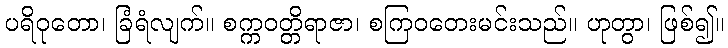
ပရိဝုတော၊ ခြံရံလျက်။ စက္ကဝတ္တိရာဇာ၊ စကြဝတေးမင်းသည်။ ဟုတွာ၊ ဖြစ်၍။